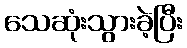
သေဆုံးသွားခဲ့ပြီး